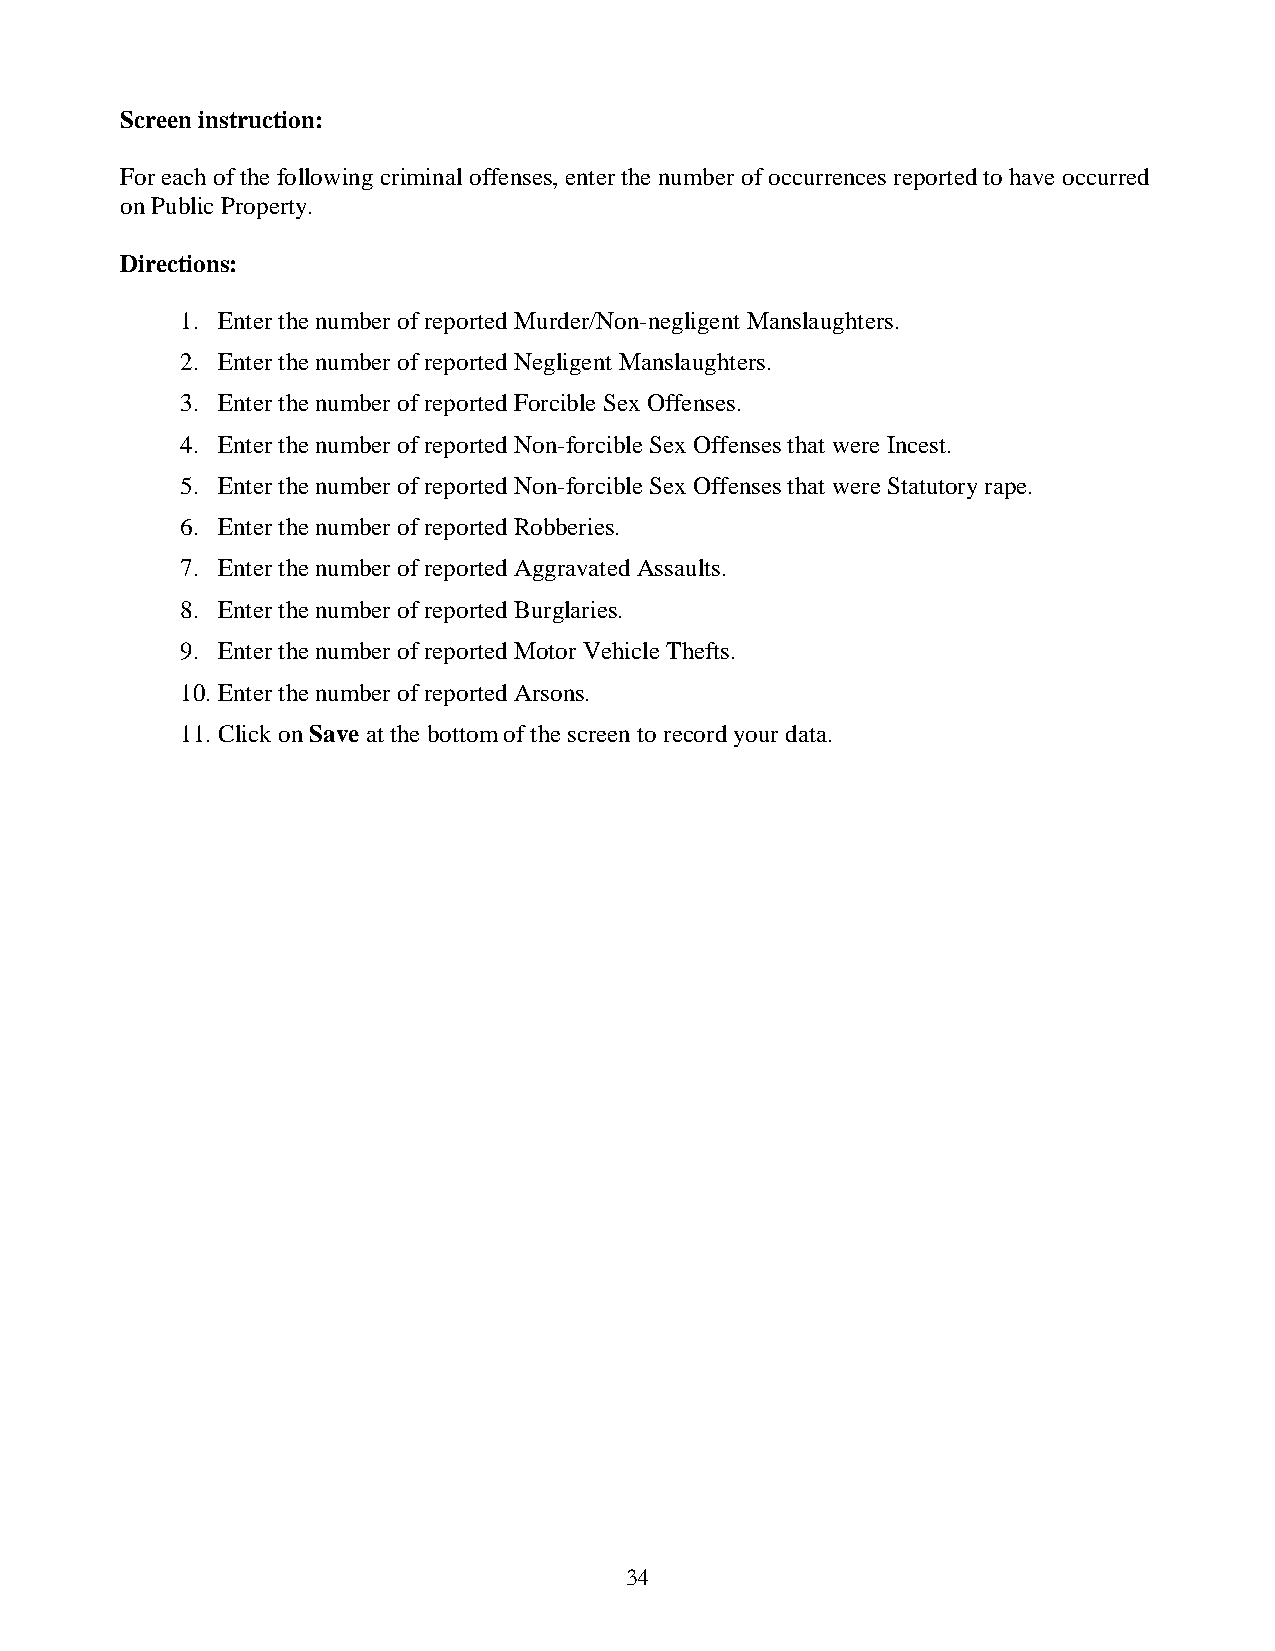
Screen instruction:
 For each of the following criminal offenses, enter the number of occurrences reported to have occurred
 on Public Property.
 Directions:
 1. Enter the number of reported Murder/Non-negligent Manslaughters.
 2. Enter the number of reported Negligent Manslaughters.
 3. Enter the number of reported Forcible Sex Offenses.
 4. Enter the number of reported Non-forcible Sex Offenses that were Incest.
 5. Enter the number of reported Non-forcible Sex Offenses that were Statutory rape.
 6. Enter the number of reported Robberies.
 7. Enter the number of reported Aggravated Assaults.
 8. Enter the number of reported Burglaries.
 9. Enter the number of reported Motor Vehicle Thefts.
 10. Enter the number of reported Arsons.
 11. Click on Save at the bottom of the screen to record your data.
 34